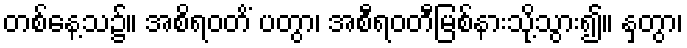
တစ်နေ့သ၌။ အစိရဝတိံ ပတွာ၊ အစီရဝတီမြစ်နားသို့သွား၍။ နှတွာ၊